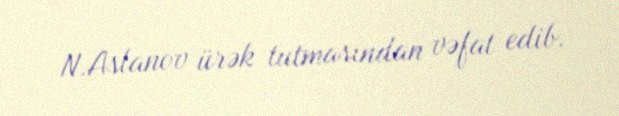
N.Aslanov ürək tutmasından vəfat edib.